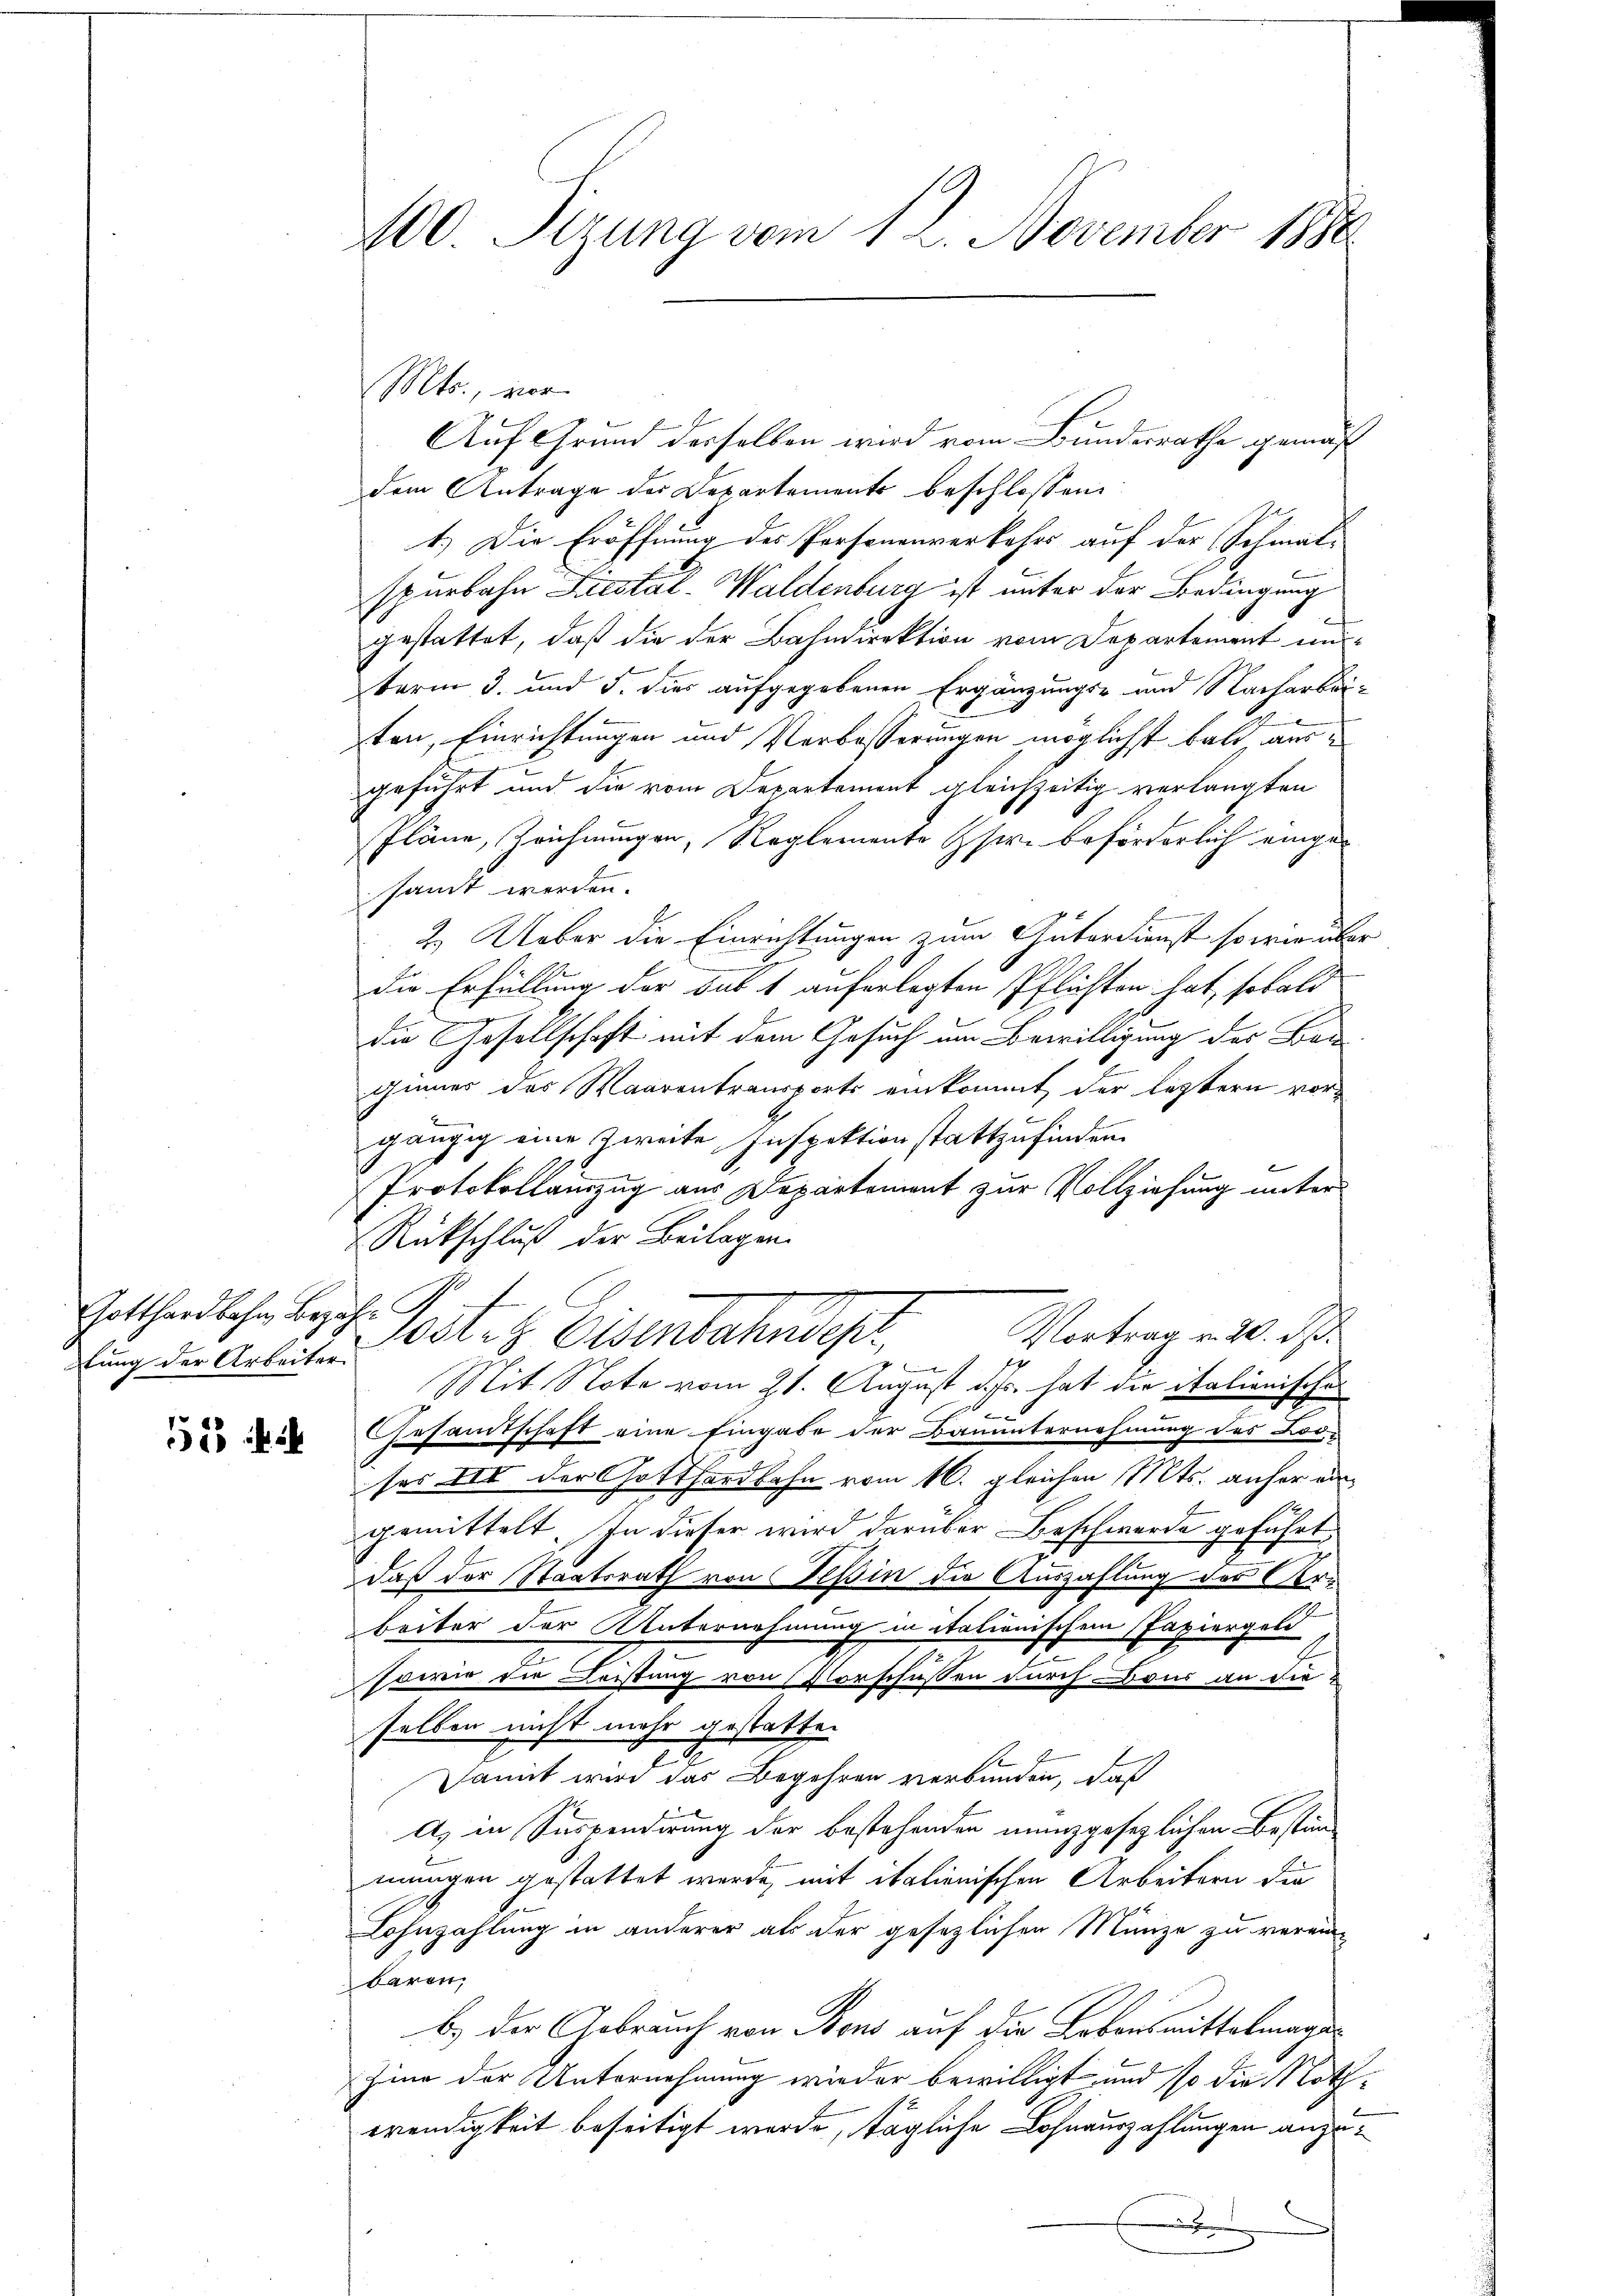
Gotthardbahn Bezahl P
tung der Arbeiter

52

Mts., vor
.
Auf Grund derselben wird vom Bundesrathe gemäß
dem Antrage der Departements beschlossen:
1.) Die Eröffnung des Personenverkehrs auf der Schmal-
spurbahn Liestal-Waldenburg ist unter der Bedingung
gestattet, daß die der Bahndirektion vom Departement unterm 3. und 5. dies aufgegebenen Ergänzungs- und Nacharbei-
ten, Einrichtungen und Verbesserungen möglichst bald ausgeführt und die vom Departement gleichzeitig verlangten
Pläne, Zeichnungen, Reglemente sie beförderlich eingesamt werden.
t
2. Ueber die Einrichtungen zum Güterdienst so wie über
die Erfüllung der Sub 1 auferlegten Pflichten hat, sobald
die Gesellschaft mit dem Gesuch um Bewilligung der Bau
ginnes des Waarentransports einkommt der letztern vorgängig eine zweite Inspektion stattzufinden.
Protokollauszug aus Departement zur Vollziehung unter
Rückschluß der Beilagen.
Vortrag v. 20. ds.
ost. Eisenbahndep

Mit Note vom 21. August d. Js. hat die italienische
Gesandtschaft eine Eingabe der Bauunternehmung des Looe
ses III der Gotthardbahn vom 16. gleichen Mts. anher eingemittelt. In dieser wird darüber Beschwerde geführt,
daß der Staatsrath von Teßin die Auszahlung der Arbeiter der Unternehmung in itationischem Papiergeld
sowie die Leistung von Vorschüssen durch Baur an die
selben nicht mehr gestatten
Damit wird das Begehren verbunden, daß
A. in Suspendirung der bestehenden manzgesezlichen Beständ
mungen gestattet werde, mit italienischen Arbeitern die
Lohnzahlung in anderer als der gesezlichen Münze zu verain
baren,
b.) der Gebrauch von Bons auf die Lebensmittelmages
Zimme der Unternehmung wieder bewilligt und so die Nothwendigkeit beseitigt werde, tägliche Lohnauszahlungen anzue

100 Sizung vom 12. November 1890